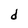
Character: d